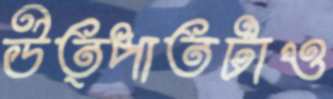
উত্পাতটাও